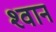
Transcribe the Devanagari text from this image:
श्‍वान